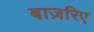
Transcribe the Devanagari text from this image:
बाज़रिए